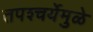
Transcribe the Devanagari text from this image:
तपश्‍चर्येमुळे